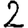
Digit: 2